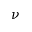
\nu